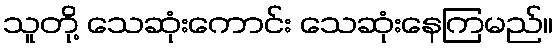
သူတို့ သေဆုံးကောင်း သေဆုံးနေကြမည်။